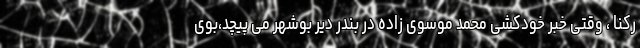
رکنا ، وقتی خبر خودکشی محمد موسوی زاده در بندر دیر بوشهر می پیچد،بوی